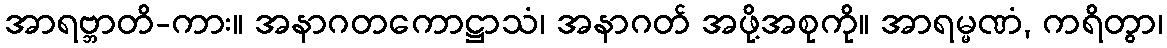
အာရဗ္ဘာတိ-ကား။ အနာဂတကောဋ္ဌာသံ၊ အနာဂတ် အဖို့အစုကို။ အာရမ္မဏံ, ကရိတွာ၊